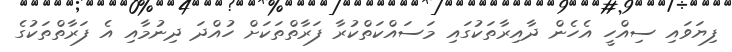
ފިޔަވައި ސިއްހީ އެހެން ދާއިރާތަކުގައި މަސައްކަތްކުރާ ފަރާތްތަކަށް ހުއްދަ ދިނުމާއި އެ ފަރާތްތަކުގެ